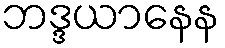
ဘဒ္ဒယာနေန